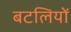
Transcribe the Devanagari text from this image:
बटलियों